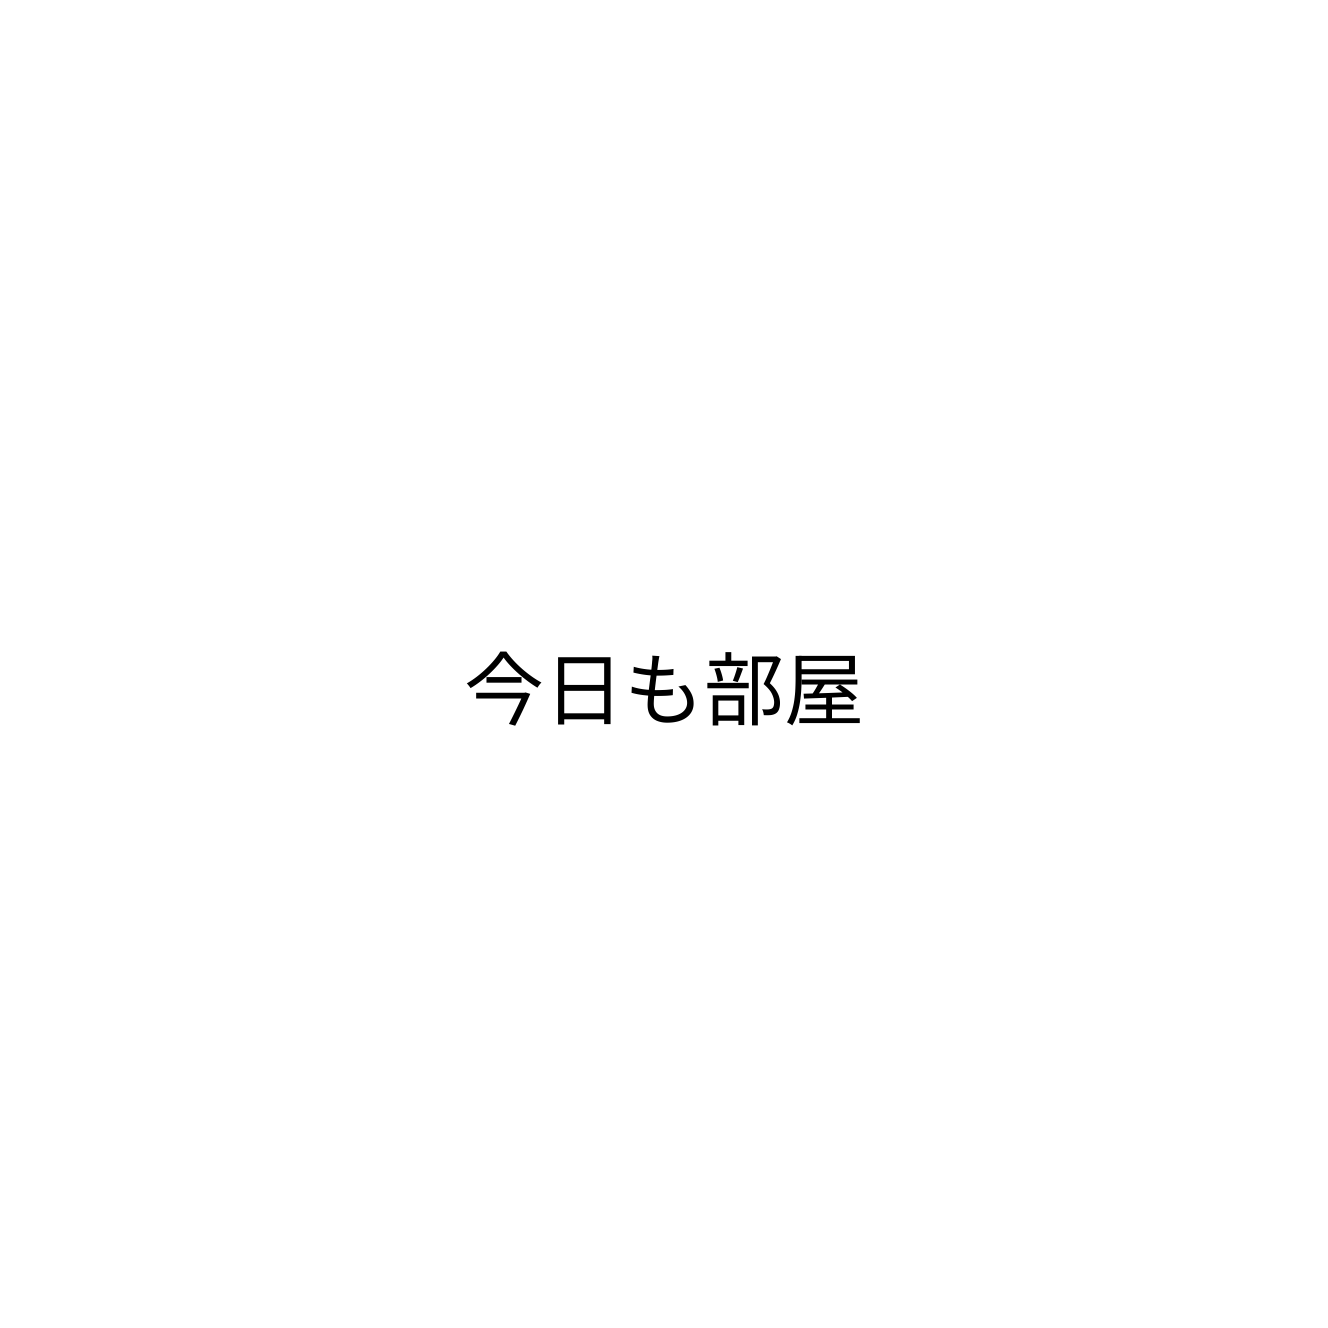
今日も部屋